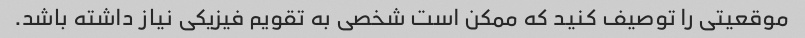
موقعیتی را توصیف کنید که ممکن است شخصی به تقویم فیزیکی نیاز داشته باشد.